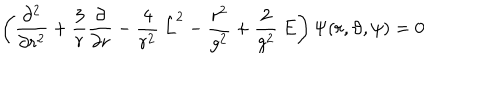
\left( \frac { \partial ^ { 2 } } { \partial r ^ { 2 } } + \frac { 3 } { r } \frac { \partial } { \partial r } - \frac { 4 } { r ^ { 2 } } \: \hat { L } ^ { 2 } - \frac { r ^ { 2 } } { g ^ { 2 } } + \frac { 2 } { g ^ { 2 } } \: E \right) \Psi ( r , \vartheta , \psi ) = 0